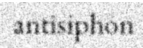
antisiphon